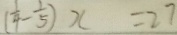
( \frac { 1 } { 4 } - \frac { 1 } { 5 } ) x = 2 7